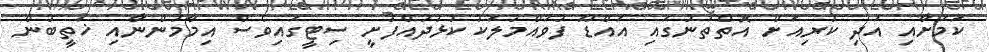
ކަމަށާއި އަދި ކުރިއަށް އޮތްތަނުގައި އައްޑޫ ފުވައްމުލަކު ކުޅުދުއްފުށީ ސިޓީގައިވެސް އިމާމުންނާއި ޚަތީބުން